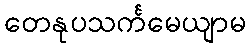
တေနုပသင်္ကမေယျာမ